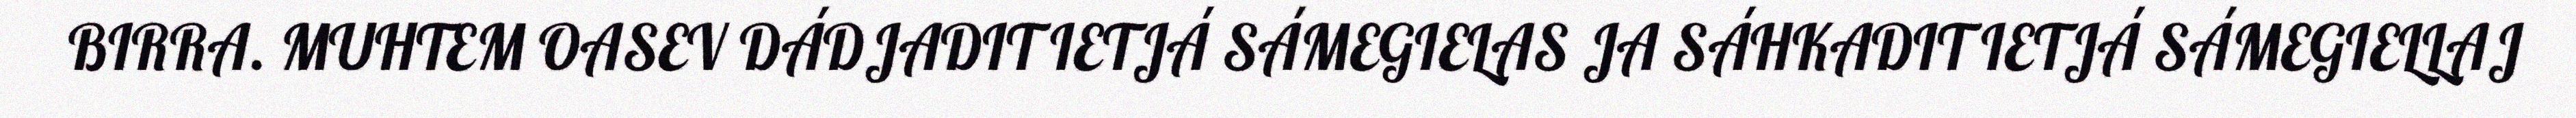
BIRRA. MUHTEM OASEV DÁDJADIT IETJÁ SÁMEGIELAS JA SÁHKADIT IETJÁ SÁMEGIELLAJ